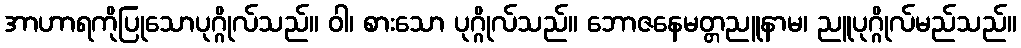
အာဟာရကိုပြုသောပုဂ္ဂိုလ်သည်။ ဝါ၊ စားသော ပုဂ္ဂိုလ်သည်။ ဘောဇနေမတ္တညူနာမ၊ ညူပုဂ္ဂိုလ်မည်သည်။